Civil Veterinary Department Bengal reports 1933-51 - 1933-1951
Year: 1933
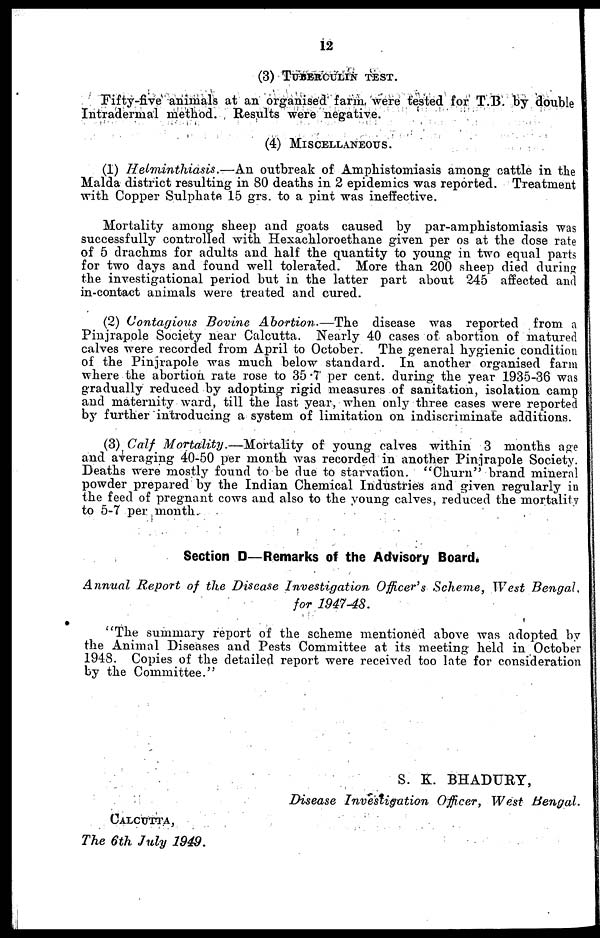
12
(3) TUBERCULIN TEST.
Fifty-five animals at an organised farm, were tested for T.B. by double
Intradermal method. Results were negative.
(4) MISCELLANEOUS.
(1) Helminthiasis.—An
outbreak of Amphistomiasis among cattle in the
Malda district resulting in 80 deaths in 2 epidemics was reported. Treatment
with Copper Sulphate 15 grs. to a pint was ineffective.
Mortality among sheep and goats caused by par-amphistomiasis was
successfully controlled with Hexachloroethane given per os at the dose rate
of 5 drachms for adults and half the quantity to young in two equal parts
for two days and found well tolerated. More than 200 sheep died during
the investigational period but in the latter part about 245 affected and
in-contact animals were treated and cured.
(2) Contagious Bovine Abortion.—The
disease was reported from a
Pinjrapole Society near Calcutta. Nearly 40 cases of abortion of matured
calves were recorded from April to October. The general hygienic condition
of the Pinjrapole was much below standard. In another organised farm
where the abortion rate rose to 35 .7 per cent. during the year 1935-36 was
gradually reduced by adopting rigid measures of sanitation, isolation camp
and maternity ward, till the last year, when only three cases were reported
by further introducing a system of limitation on indiscriminate additions.
(3) Calf Mortality.—Mortality
of young calves within 3 months age
and averaging 40-50 per month was recorded in another Pinjrapole Society.
Deaths were mostly found to be due to starvation. "Churn" brand mineral
powder prepared by the Indian Chemical Industries and given regularly in
the feed of pregnant cows and also to the young calves, reduced the mortality
to 5-7 per month.
Section D—Remarks of the Advisory Board.
Annual Report of the Disease Investigation
Officer's Scheme, West Bengal.
for 1947-48.
"The summary report of the scheme mentioned above was adopted by
the Animal Diseases and Pests Committee at its meeting held in October
1948. Copies of the detailed report were received too late for consideration
by the Committee."